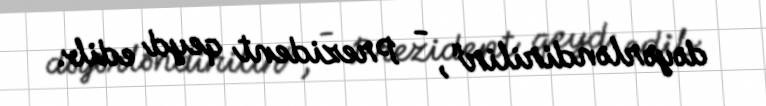
dəyərləndirilir", - Prezident qeyd edib.